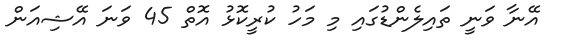
އޭނާ ވަނީ ތައިލެންޑުގައި މި މަހު ކުރީކޮޅު އޮތް 45 ވަނަ އޭޝިއަން